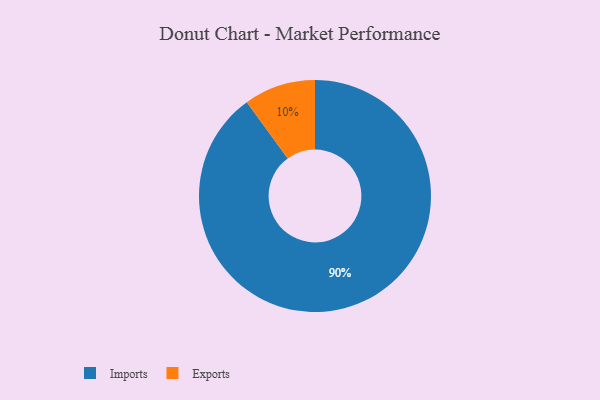
{"axis": {"x": "Category", "y": "Percentage"}, "legend": ["Exports", "Imports"], "data": [{"x": "Exports", "y": 10, "type": "Exports"}, {"x": "Imports", "y": 90, "type": "Imports"}]}